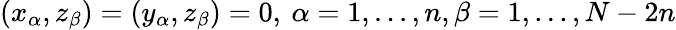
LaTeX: (x_{\alpha},z_{\beta})=(y_{\alpha},z_{\beta})=0,\: \alpha=1,...,n,\beta=1,...,N-2n